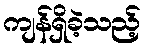
ကျန်ရှိခဲ့သည့်